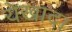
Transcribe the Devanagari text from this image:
येखादा